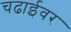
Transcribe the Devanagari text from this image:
चढाईवर